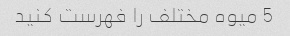
5 میوه مختلف را فهرست کنید